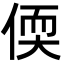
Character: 偄